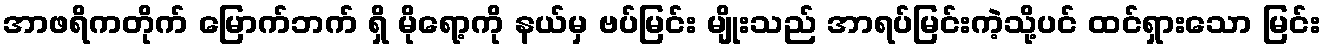
အာဖရိကတိုက် မြောက်ဘက် ရှိ မိုရော့ကို နယ်မှ ဗပ်မြင်း မျိုးသည် အာရပ်မြင်းကဲ့သို့ပင် ထင်ရှားသော မြင်း